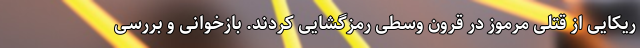
ریکایی از قتلی مرموز در قرون وسطی رمزگشایی کردند. بازخوانی و بررسی